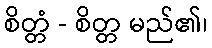
စိတ္တံ - စိတ္တ မည်၏၊